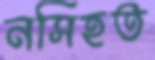
নসিহত